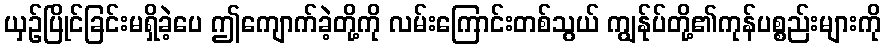
ယှဉ်ပြိုင်ခြင်းမရှိခဲ့ပေ ဤကျောက်ခဲ့တို့ကို လမ်းကြောင်းတစ်သွယ် ကျွန်ုပ်တို့၏ကုန်ပစ္စည်းများကို